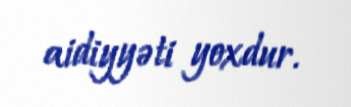
aidiyyəti yoxdur.